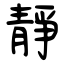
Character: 靜